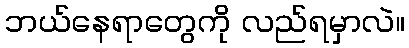
ဘယ်နေရာတွေကို လည်ရမှာလဲ။